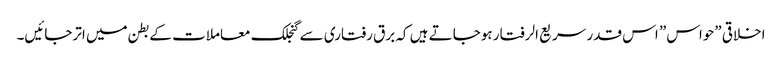
اخلاقی ”حواس” اس قدر سریع الرفتار ہوجاتے ہیں کہ برق رفتاری سے گنجلک معاملات کے بطن میں اترجائیں۔